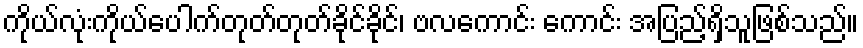
ကိုယ်လုံးကိုယ်ပေါက်တုတ်တုတ်ခိုင်ခိုင်၊ ဗလကောင်း ကောင်း အပြည့်ရှိသူဖြစ်သည်။